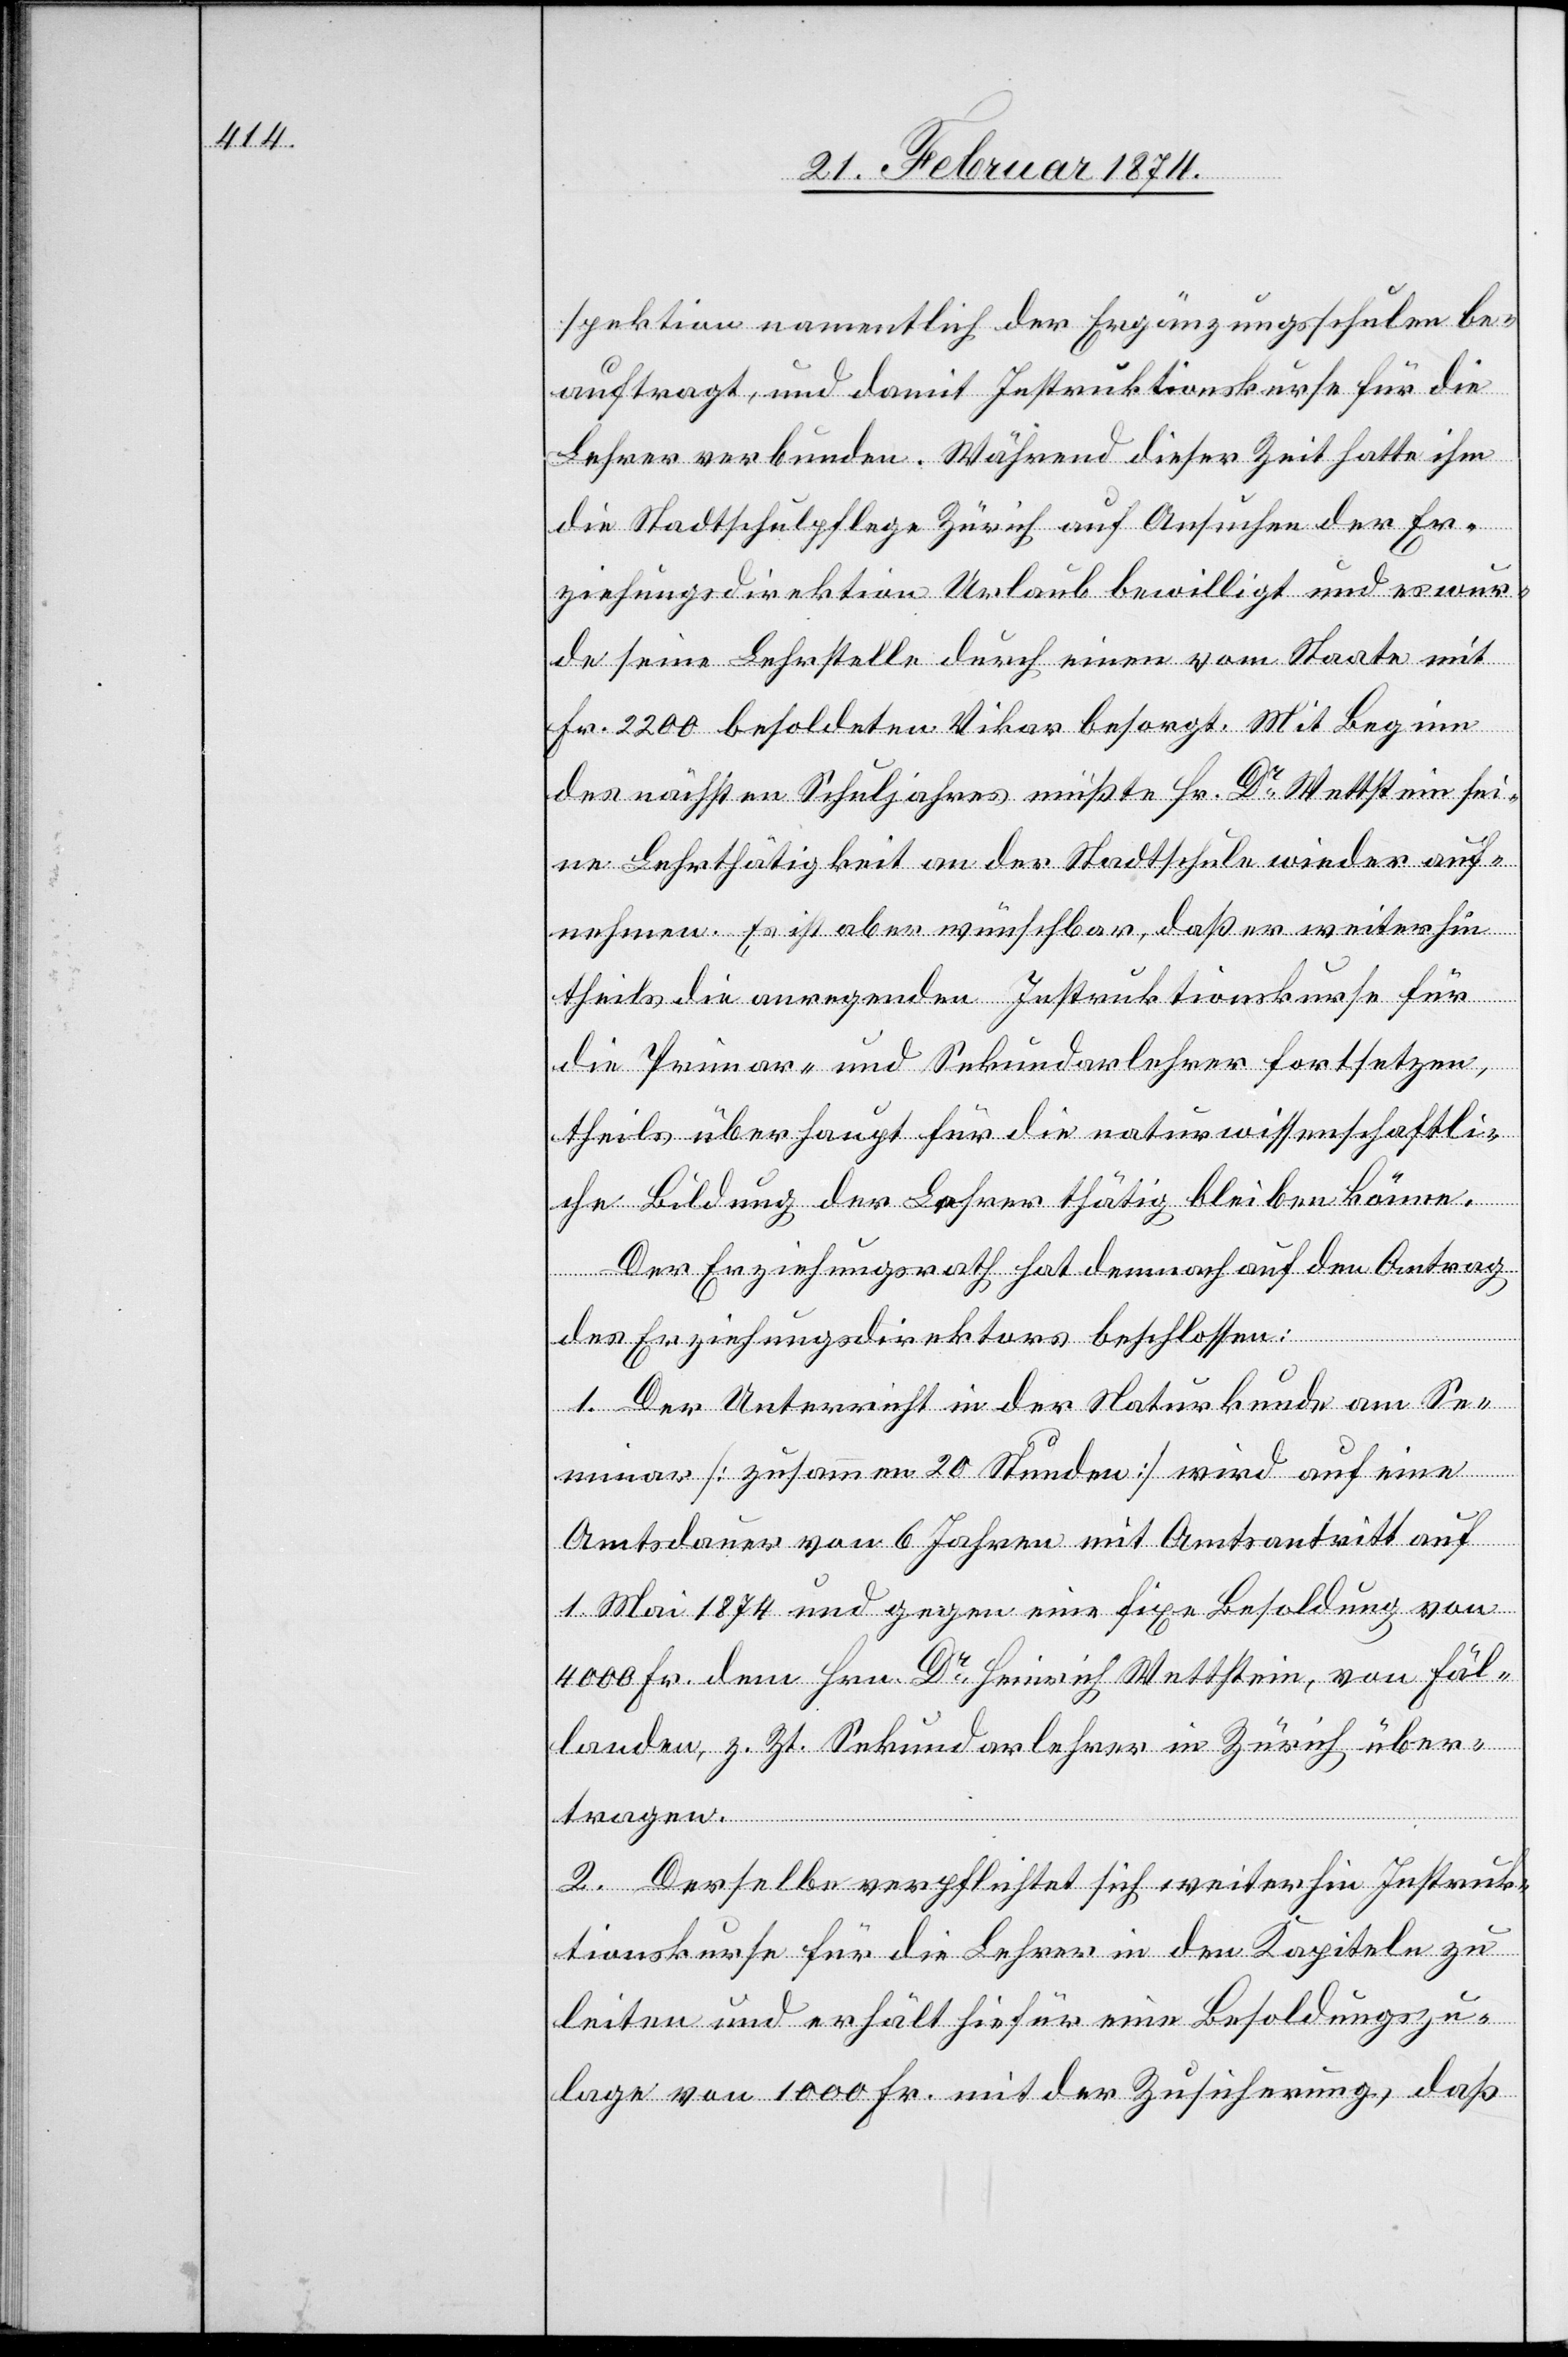
spektion namentlich der Ergänzungsschulen be¬
auftragt, und damit Instruktionskurse für die
Lehrer verbunden. Während dieser Zeit hatte ihm
die Stadtschulpflege Zürich auf Ansuchen der Er¬
ziehungsdirektion Urlaub bewilligt und es wur¬
de seine Lehrstelle durch einen vom Staate mit
Fr. 2200 besoldeten Vikar besorgt. Mit Beginn
des nächsten Schuljahres müßte Hr. Dr Wettstein sei¬
ne Lehrthätigkeit an der Stadtschule wieder auf¬
nehmen. Es ist aber wünschbar, daß er weiterhin
theils die anregenden Instruktionskurse für
die Primar- und Sekundarlehrer fortsetzen,
theils überhaupt für die naturwissenschaftli¬
che Bildung der Lehrer thätig bleiben könne.
Der Erziehungsrath hat demnach auf den Antrag
des Erziehungsdirektors beschlossen:
1. Der Unterricht in der Naturkunde am Se¬
minar [zusammen 20 Stunden] wird auf eine
Amtsdauer von 6 Jahren mit Amtsantritt auf
1. Mai 1874 und gegen eine fixe Besoldung von
4000 Fr. dem Hrn. Dr Heinrich Wettstein, von Fäl¬
landen, z. Zt. Sekundarlehrer in Zürich über¬
tragen.
2. Derselbe verpflichtet sich weiterhin Instruk¬
tionskurse für die Lehrer in den Kapiteln zu
leiten und erhält hiefür eine Besoldungszu¬
lage von 1000 Fr. mit der Zusicherung, daß